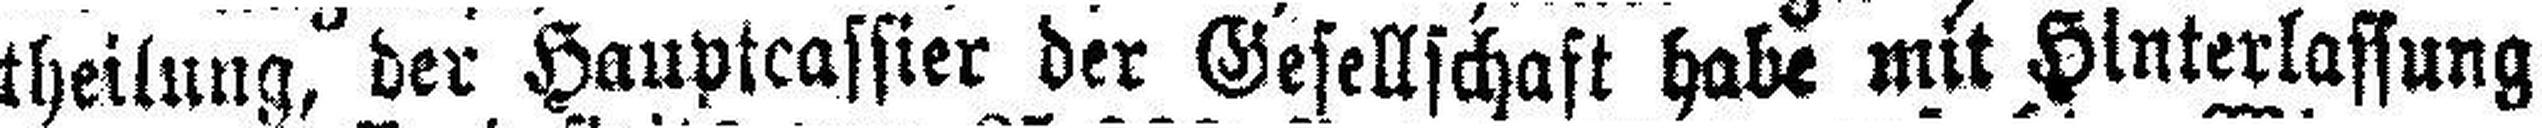
theilung, der Hauptcassier der Gesellschaft habe mit Hinterlassung